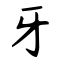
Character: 牙